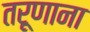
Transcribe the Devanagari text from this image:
तरूणाना